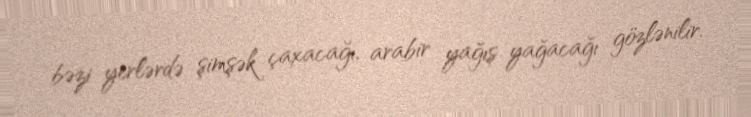
bəzi yerlərdə şimşək çaxacağı, arabir yağış yağacağı gözlənilir.